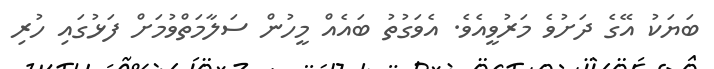
ބަޔަކު އޭގެ ދަށުވެ މަރުވީއެވެ. އެވަގުތު ބައެއް މީހުން ސަލާމަތްވުމަށް ފަޅުގައި ހުރި